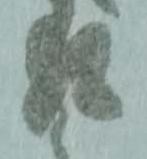
返